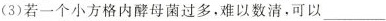
(3)若一个小方格内酵母菌过多，难以数清，可以___